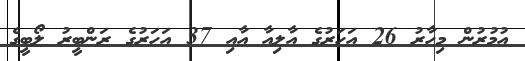
އުމުރުން މިހާރު 26 އަހަރުގެ އާލިއާ އާއި 37 އަހަރުގެ ރަންބީރު ލޯބީގެ